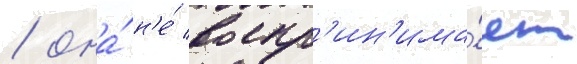
/ она́ н'е́ воспр'ин'има́ет